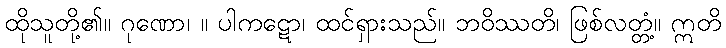
ထိုသူတို့၏။ ဂုဏော၊ ။ ပါကဋော၊ ထင်ရှားသည်။ ဘဝိဿတိ၊ ဖြစ်လတ္တံ့။ ဣတိ